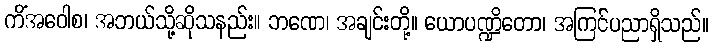
ကိံအဝေါစ၊ အဘယ်သို့ဆိုသနည်း။ ဘဏေ၊ အချင်းတို့။ ယောပဏ္ဍိတော၊ အကြင်ပညာရှိသည်။